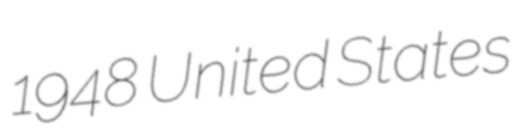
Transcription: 1948 United States